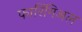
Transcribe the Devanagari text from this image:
फारिंगिअल